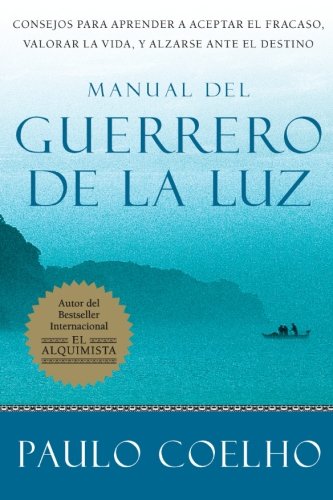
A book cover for Manual del Guerrero de la Luz (Spanish Edition); Paulo Coelho; Literature & Fiction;